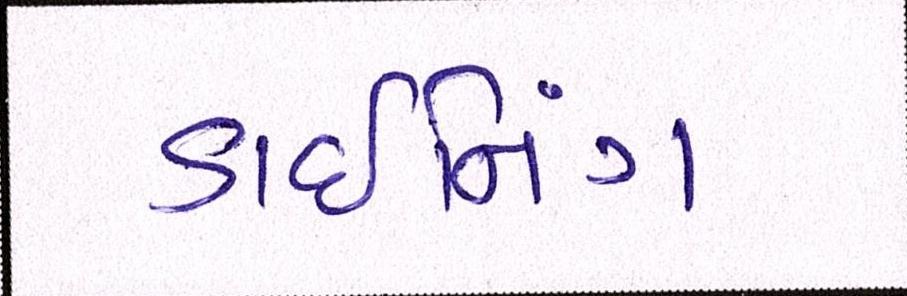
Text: ડાઇનિંગ